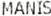
MANIS